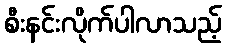
စီးနင်းလိုက်ပါလာသည့်